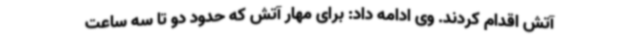
آتش اقدام کردند. وی ادامه داد: برای مهار آتش که حدود دو تا سه ساعت